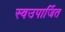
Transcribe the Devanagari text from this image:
स्वउपार्जित